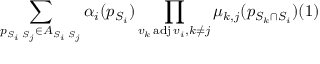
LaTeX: \sum _ { p _ { S _ { i } \setminus S _ { j } } \in A _ { S _ { i } \setminus S _ { j } } } \alpha _ { i } ( p _ { S _ { i } } ) \prod _ { { v _ { k } \operatorname { a d j } v _ { i } } , { k \neq j } } \mu _ { k , j } ( p _ { S _ { k } \cap S _ { i } } ) ( 1 )